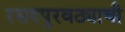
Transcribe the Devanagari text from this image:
रसदपुरवठ्याची